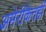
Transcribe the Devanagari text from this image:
अमेरीकेतही